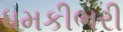
ધમકીભરી